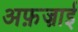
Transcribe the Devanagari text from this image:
अफ़ज़ाई